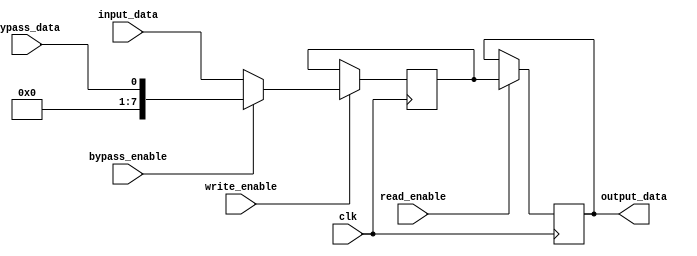
module bypass_register(
    input wire clk,               //clock signal
    input wire [7:0] input_data,  //input data lines
    input wire bypass_enable,     //control signal for bypass
    input wire bypass_data,       //bypass data
    input wire write_enable,      //control signal for writing data into register
    input wire read_enable,       //control signal for reading data from register
    output reg [7:0] output_data  //output data lines
);

reg [7:0] register_data;

always @(posedge clk) begin
    if(write_enable) begin
        if(bypass_enable) begin
            register_data <= bypass_data;
        end else begin
            register_data <= input_data;
        end
    end
end

always @(posedge clk) begin
    if(read_enable) begin
        output_data <= register_data;
    end
end

endmodule